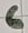
Text: 6